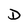
Character: D